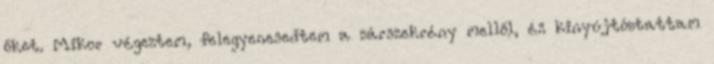
őket. Mikor végeztem, felegyenesedtem a zárszekrény mellől, és kinyújtóztattam